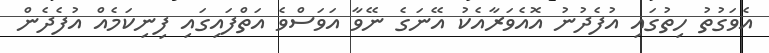
އެވަގުތު ހިތުގައި އުފެދުނު އޮއެވަރާއެކު އޭނަގެ ނޭވާ އަވަސްވެ އަތްފައިގައި ފިނިކަމެއް އުފެދެން